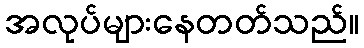
အလုပ်များနေတတ်သည်။